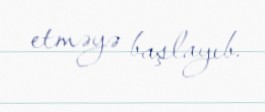
etməyə başlayıb.